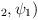
LaTeX: \begin{align*}_2,\psi _1)\,\end{align*}